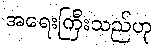
အရေးကြီးသည်ဟု